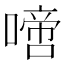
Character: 𠽜